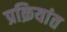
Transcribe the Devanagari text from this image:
प्रक्रियांत